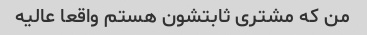
من که مشتری ثابتشون هستم واقعا عالیه